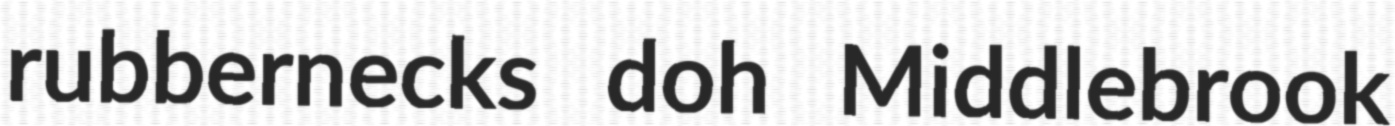
rubbernecks doh Middlebrook